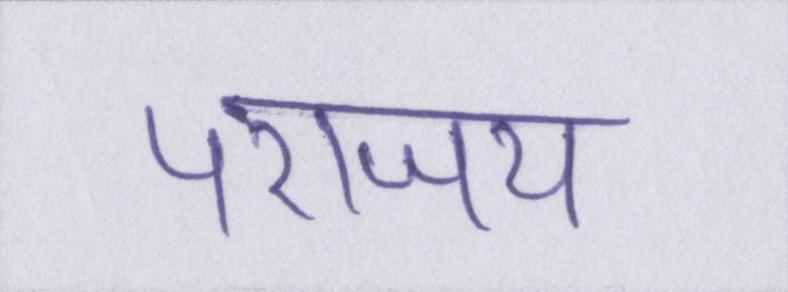
पराजय